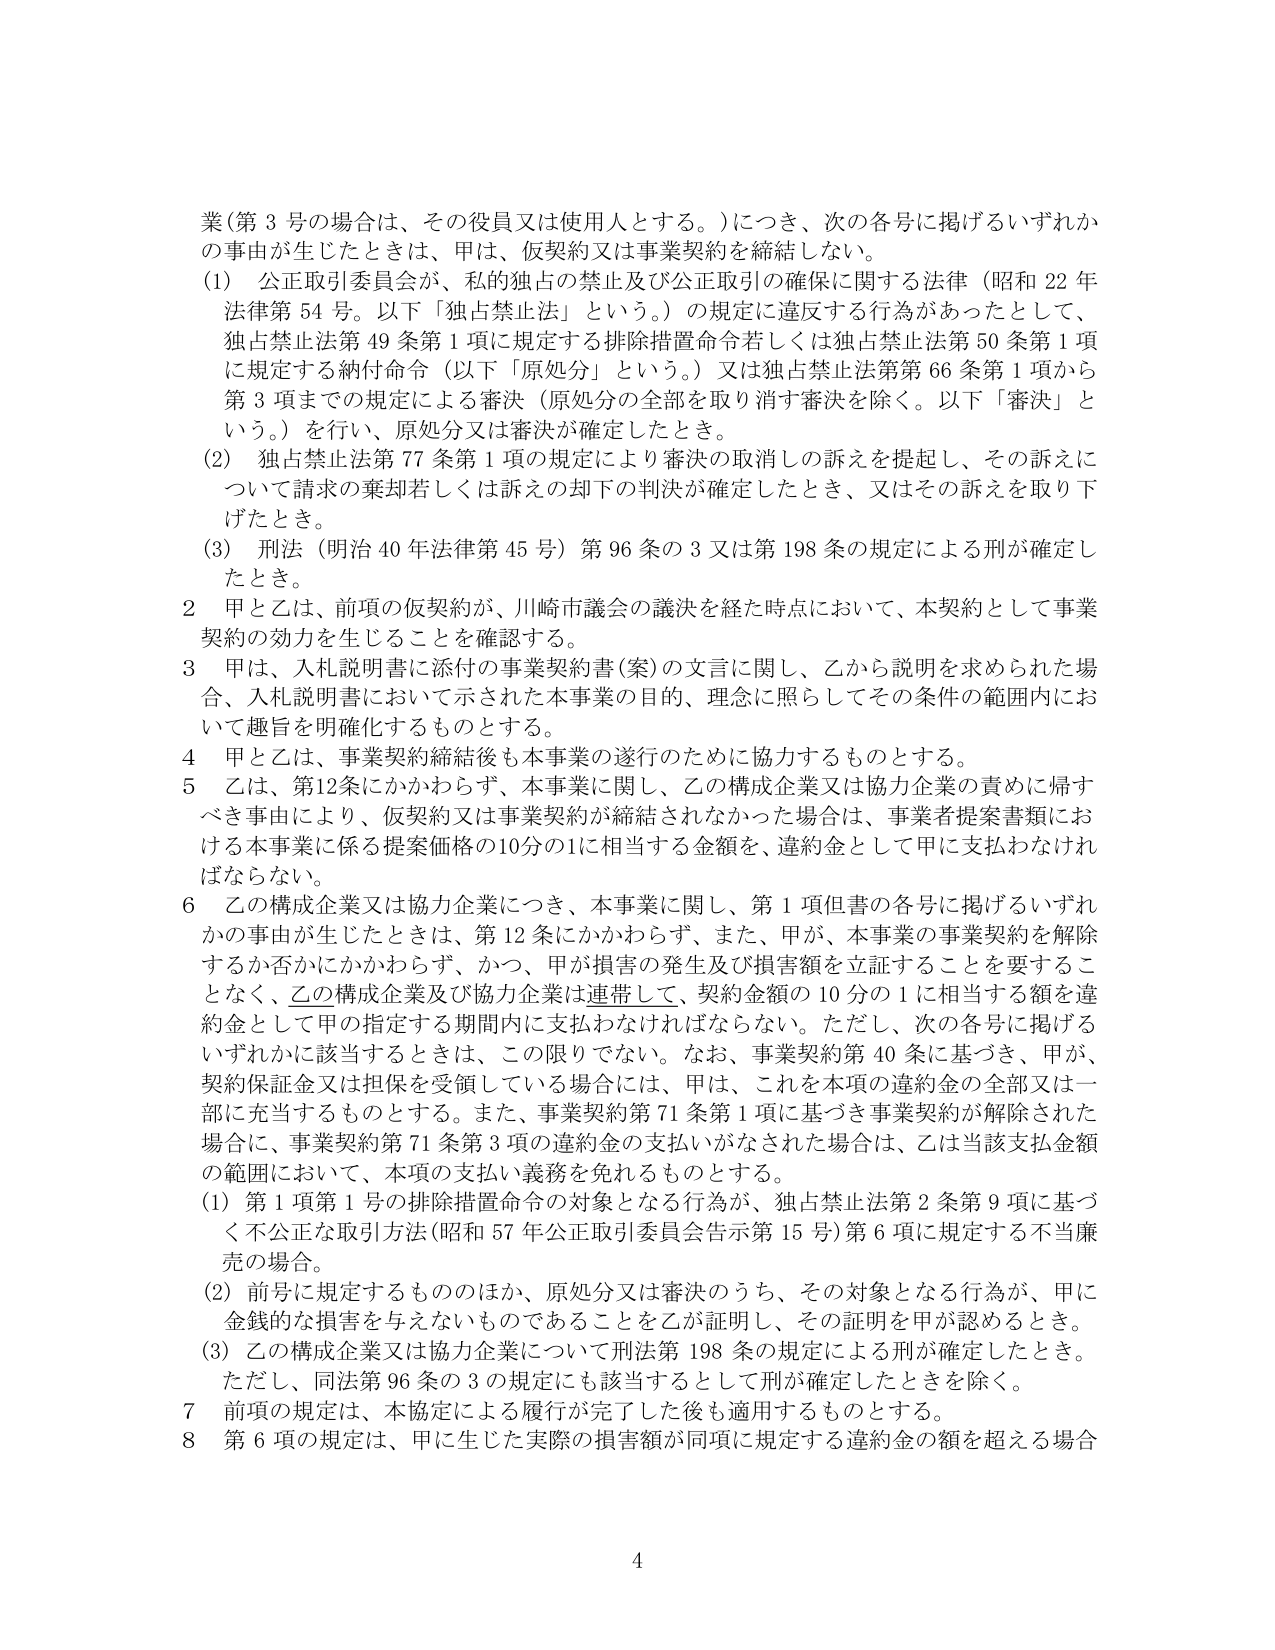
業（第３号の場合は、その役員又は使用人とする。）につき、次の各号に掲げるいずれかの事由が生じたときは、甲は、仮契約又は事業契約を締結しない。

（1）公正取引委員会が、私的独占の禁止及び公正取引の確保に関する法律（昭和22年法律第54号。以下「独占禁止法」という。）の規定に違反する行為があったとして、独占禁止法第49条第1項に規定する排除措置命令若しくは独占禁止法第50条第1項に規定する納付命令（以下「原処分」という。）又は独占禁止法第66条第1項から第3項までの規定による審決（原処分の全部を取り消す審決を除く。以下「審決」という。）を行い、原処分又は審決が確定したとき。

（2）独占禁止法第77条第1項の規定により審決の取消しの訴えを提起し、その訴えについて請求の棄却若しくは訴えの却下の判決が確定したとき、又はその訴えを取り下げたとき。

（3）刑法（明治40年法律第45号）第96条の3又は第198条の規定による刑が確定したとき。

2 甲と乙は、前項の仮契約が、川崎市議会の議決を経た時点において、本契約として事業契約の効力を生じることを確認する。

3 甲は、入札説明書に添付の事業契約書（案）の文言に関し、乙から説明を求められた場合、入札説明書において示された本事業の目的、理念に照らしてその条件の範囲内において趣旨を明確化するものとする。

4 甲と乙は、事業契約締結後も本事業の遂行のために協力するものとする。

5 乙は、第12条にかかわらず、本事業に関し、乙の構成企業又は協力企業の責めに帰すべき事由により、仮契約又は事業契約が締結されなかった場合は、事業者提案書類における本事業に係る提案価格の10分の1に相当する金額を、違約金として甲に支払わなければならない。

6 乙の構成企業又は協力企業につき、本事業に関し、第1項但書の各号に掲げるいずれかの事由が生じたときは、第12条にかかわらず、また、甲が、本事業の事業契約を解除するか否かにかかわらず、かつ、甲が損害の発生及び損害額を立証することを要することなく、乙の構成企業及び協力企業は連帯して、契約金額の10分の1に相当する額を違約金として甲の指定する期間内に支払わなければならない。ただし、次の各号に掲げるいずれかに該当するときは、この限りでない。なお、事業契約第40条に基づき、甲が、契約保証金又は担保を受領している場合には、甲は、これを本項の違約金の全部又は一部に充当するものとする。また、事業契約第71条第1項に基づき事業契約が解除された場合に、事業契約第71条第3項の違約金の支払いがなされた場合は、乙は当該支払金額の範囲において、本項の支払い義務を免れるものとする。

（1）第1項第1号の排除措置命令の対象となる行為が、独占禁止法第2条第9項に基づく不公正な取引方法（昭和57年公正取引委員会告示第15号）第6項に規定する不当廉売の場合。

（2）前号に規定するもののほか、原処分又は審決のうち、その対象となる行為が、甲に金銭的な損害を与えないものであることを乙が証明し、その証明を甲が認めるとき。

（3）乙の構成企業又は協力企業について刑法第198条の規定による刑が確定したとき。ただし、同法第96条の3の規定にも該当するとして刑が確定したときを除く。

7 前項の規定は、本協定による履行が完了した後も適用するものとする。

8 第6項の規定は、甲に生じた実際の損害額が同項に規定する違約金の額を超える場合

4